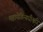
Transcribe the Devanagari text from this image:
महायेगिन्यधीश्वरि